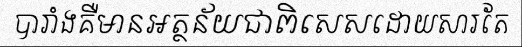
បារាំងគឺមានអត្ថន័យជាពិសេសដោយសារតែ